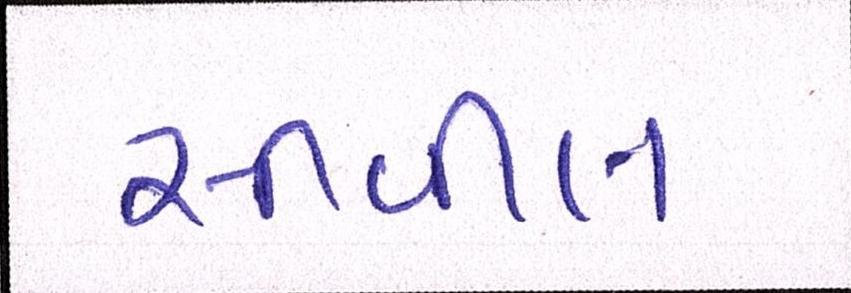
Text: સીવીલ